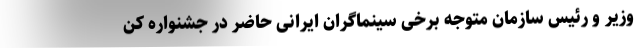
وزیر و رئیس سازمان متوجه برخی سینماگران ایرانی حاضر در جشنواره کن